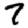
Digit: 7